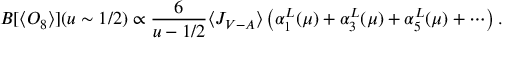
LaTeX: B [ \langle { \cal O } _ { 8 } \rangle ] ( u \sim 1 / 2 ) \propto \frac { 6 } { u - 1 / 2 } \langle J _ { V - A } \rangle \left( \alpha _ { 1 } ^ { L } ( \mu ) + \alpha _ { 3 } ^ { L } ( \mu ) + \alpha _ { 5 } ^ { L } ( \mu ) + \cdots \right) .